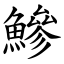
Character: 鰺